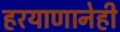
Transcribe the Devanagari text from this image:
हरयाणानेही